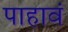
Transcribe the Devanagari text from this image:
पाहावं